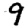
Digit: 9